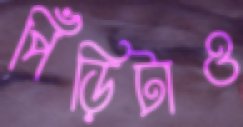
পিঁড়িটাও